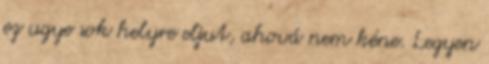
ez ugye sok helyre eljut, ahová nem kéne. Legyen